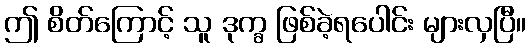
ဤ စိတ်ကြောင့် သူ ဒုက္ခ ဖြစ်ခဲ့ရပေါင်း များလှပြီ။